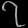
Digit: ၇